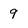
Character: 9